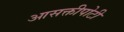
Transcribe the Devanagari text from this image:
आसक्तीपोटी